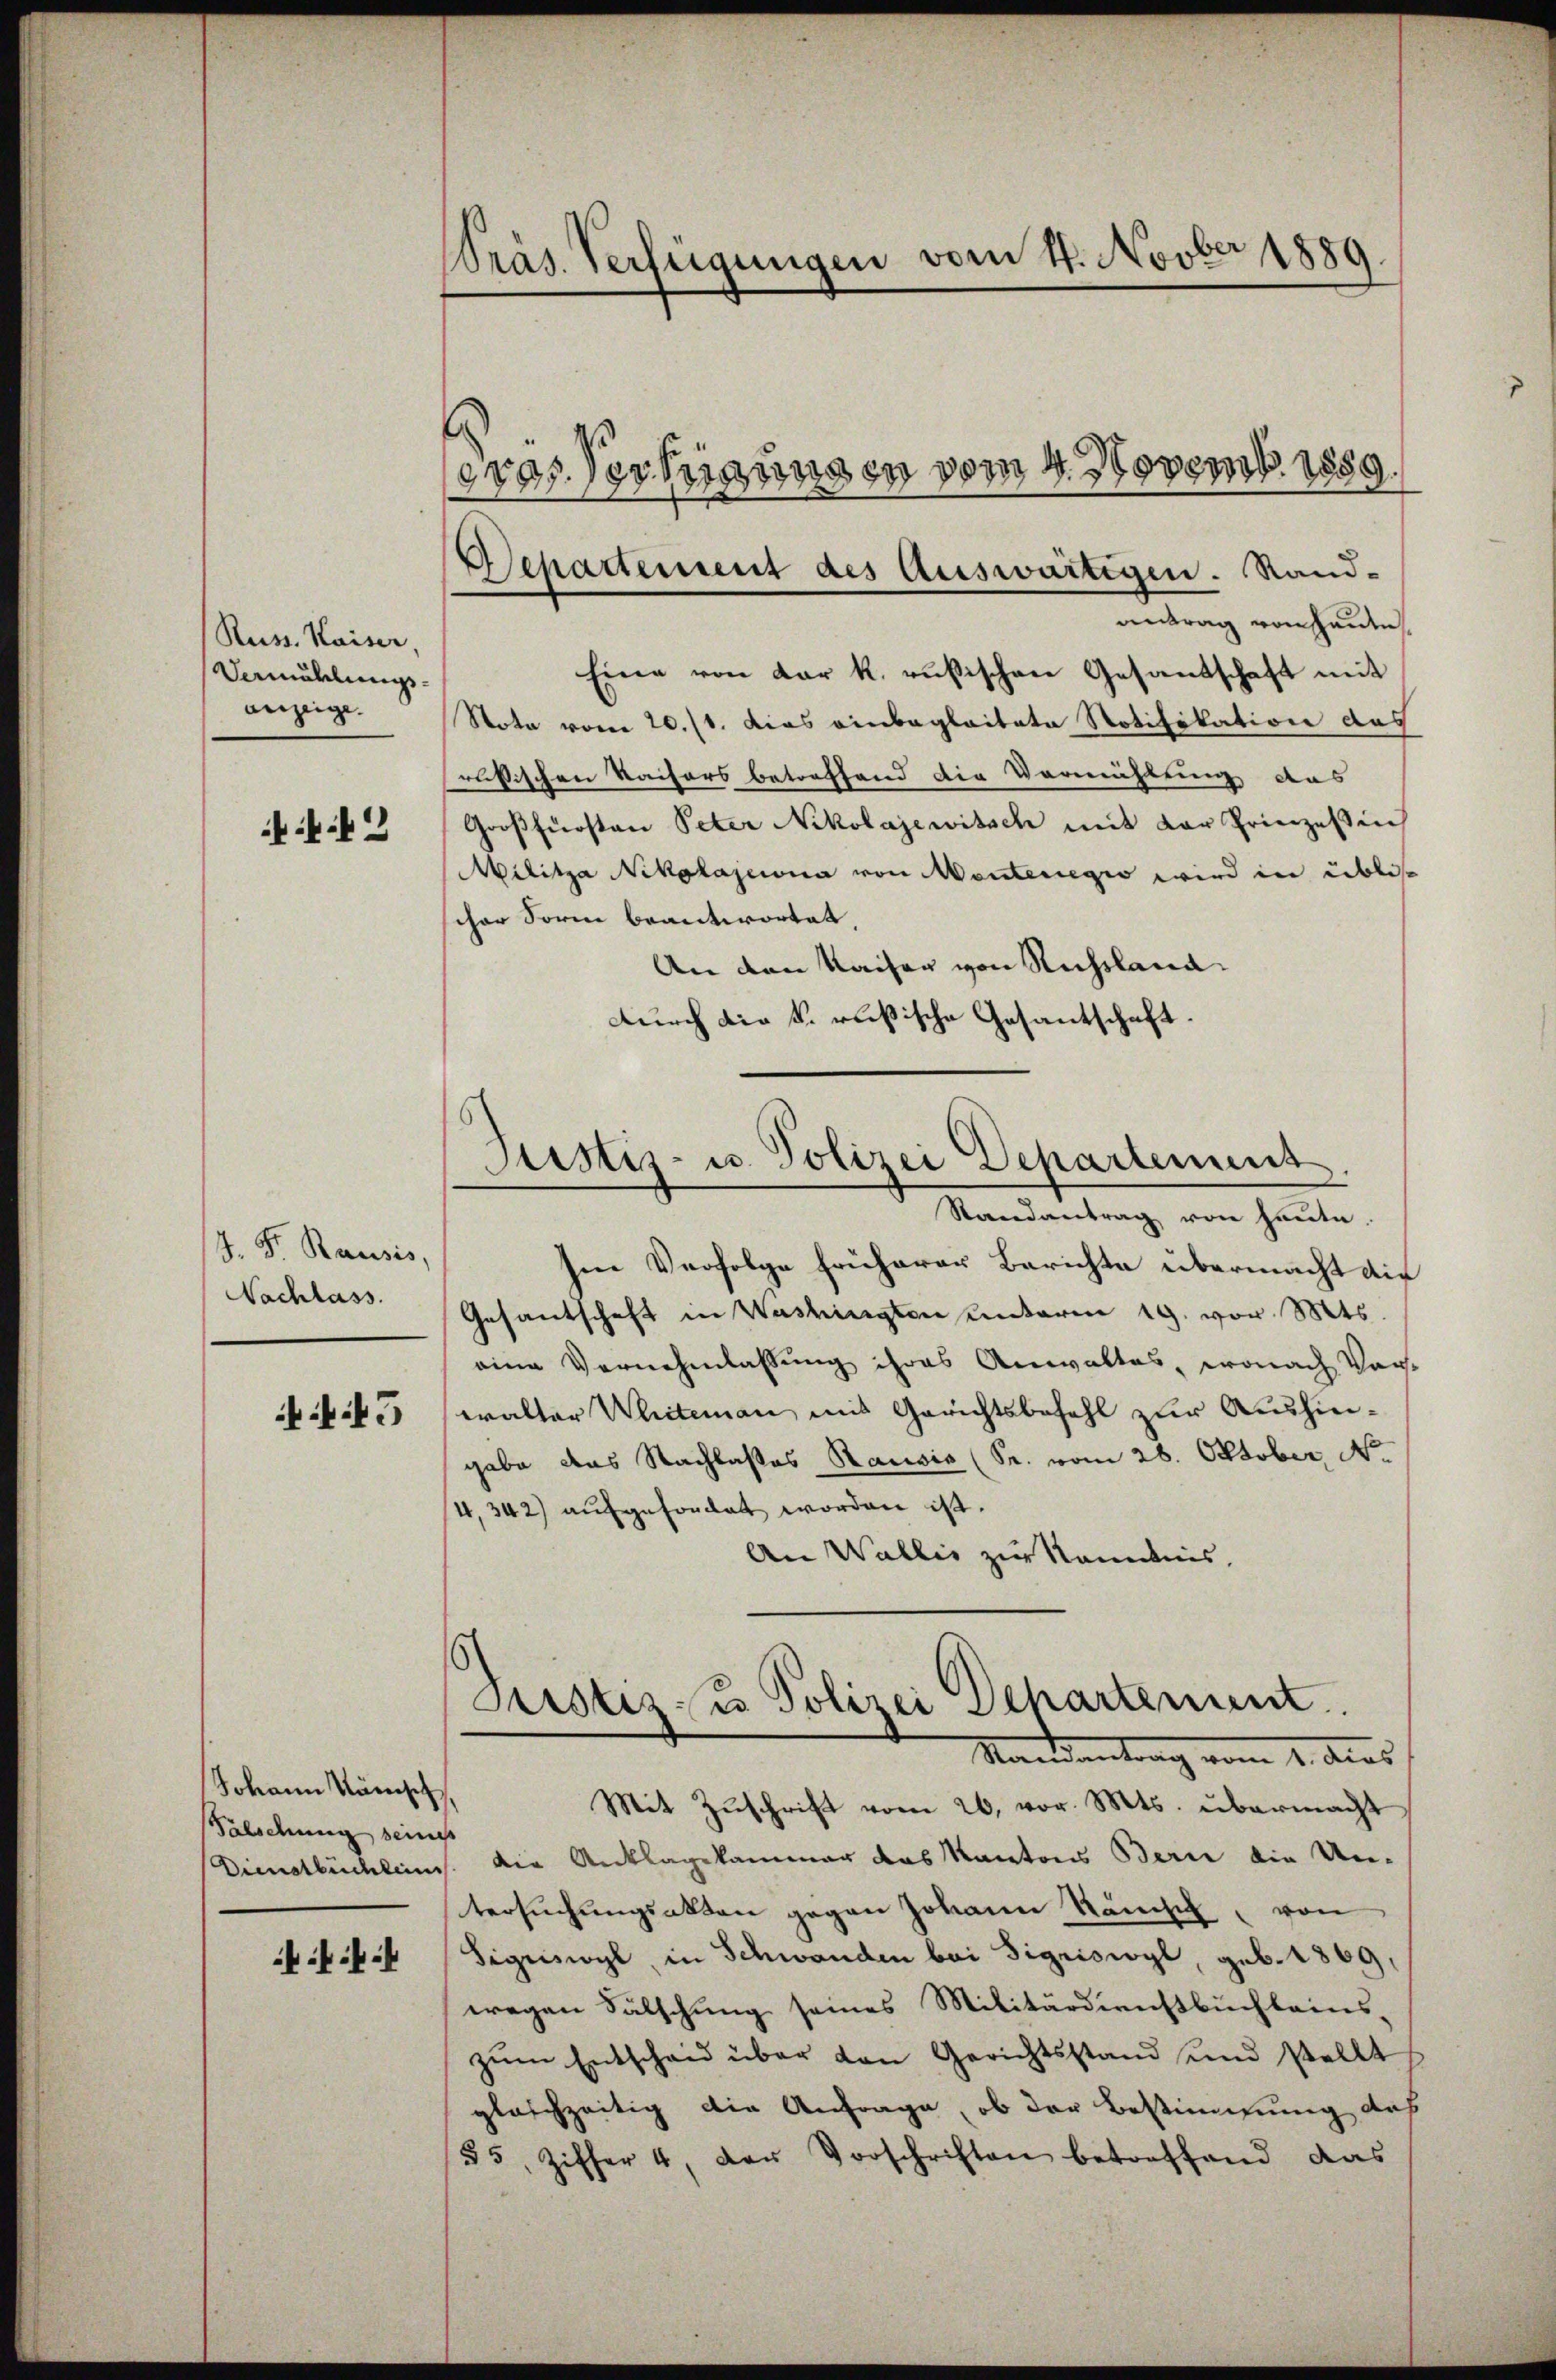
Reiss. Kaiser,
Vamühlungs-
anzeige. |

2

J. F. Rausis,
Nachlass.

f 45

Johann Nänisch
Falschung seine

ff

Präs. Verfügungen vom 4. Novber 1889.

antrag von heute
Eine von der k. rusischen Gesandschaft mit
Nota vom 20./1. Dies einbegleitete Notifikation des
rusischen Kaisers betreffend die Verrichtung aus
Großfürsten Peter Nikolajewitsch mit der Prinzessen
Militza Nikolajena von Montenegio wird in üblisscher Form beantwortet.
An den Kaiser von Russland
durch die k. rußische Gesantschaft.
Justiz- u. Polizei Departement

Separtement des Auswärtigen. Rand¬

ros. Vertigungen vom 4. Novemb. 1859.

Randantrag von heute.

Justiz- u Polizei Departement
Standentrag vom 1. dies

Im Verfolge früherer Berichte übermacht die
Gesantschaft in Washingten unterm 19. vor. Mts.
eine Vernehmlassung ihres Anwaltes, wonach Vorwalter Weiteman mit Gerichtsbefehl zur Aushingabe das Nachlasses Rausis (S. vom 28. Oktober, No
4,342) aufgefordet worden ist.
An Wallis zur Kenntnis,
Mit Zuschrift vom 26. vor. Mts. übermacht
s
Dienstbüchlims. die Anklagekammer das Kantons Bern die Untersŭchŭngsakten gegen Johann Rämi, von
Sigriswyl, in Schwanden bei Sigriswyl, geb. 1869,
wegen Fälschung seines Militärdienstbuchbeins,
zum Entscheid über den Gerichtsstand und stellt
glaichzeitig die Anfrage, ob der Bestimmung des
55, Ziffer 4, der Vorschriften betreffend das